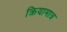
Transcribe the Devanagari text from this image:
क्रियामात्र